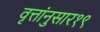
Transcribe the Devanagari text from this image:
वृत्तांनुसार१९